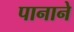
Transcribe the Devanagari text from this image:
पानाने